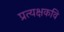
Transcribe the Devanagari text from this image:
प्रत्यक्षकवि